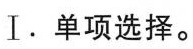
Ⅰ.单项选择。